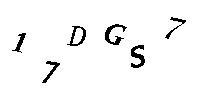
17DGS7